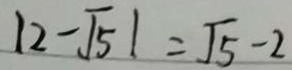
\vert 2 - \sqrt { 5 } \vert = \sqrt { 5 } - 2